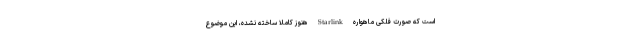
است که صورت فلکی ماهواره Starlink هنوز کاملاً ساخته نشده، این موضوع